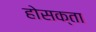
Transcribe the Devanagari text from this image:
होसक्ता